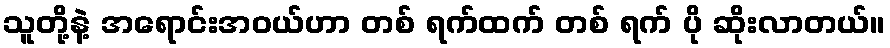
သူတို့နဲ့ အရောင်းအဝယ်ဟာ တစ် ရက်ထက် တစ် ရက် ပို ဆိုးလာတယ်။